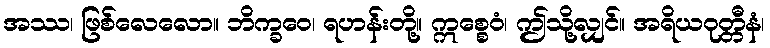
အဿ၊ ဖြစ်လေလော။ ဘိက္ခဝေ၊ ရဟန်းတို့။ ဣစ္စေဝံ၊ ဤသို့လျှင်။ အရိယဝုတ္တီနံ၊